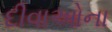
દીવાઓના